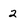
Character: 2